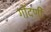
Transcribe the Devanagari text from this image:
गोंदणी